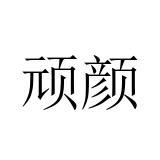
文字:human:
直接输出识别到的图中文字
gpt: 顽颜